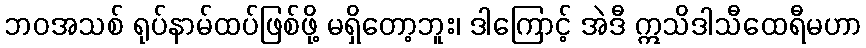
ဘဝအသစ် ရုပ်နာမ်ထပ်ဖြစ်ဖို့ မရှိတော့ဘူး၊ ဒါကြောင့် အဲဒီ ဣသိဒါသီထေရီမဟာ